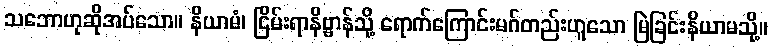
သဘောဟုဆိုအပ်သော။ နိယာမံ၊ ငြိမ်းရာနိဗ္ဗာန်သို့ ရောက်ကြောင်းမဂ်တည်းဟူသော မြဲခြင်းနိယာမသို့။